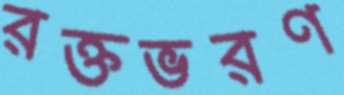
রক্তভরণ